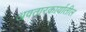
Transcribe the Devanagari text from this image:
अवतारकार्यातील